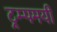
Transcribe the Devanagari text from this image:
ट्रम्पमयी